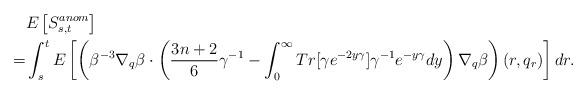
LaTeX: \begin{align*}&E\left[S_{s,t}^{anom}\right]\\=&\int_s^tE\left[\left( \beta^{-3}\nabla_q\beta\cdot \left( \frac{3n+2}{6}\gamma^{-1}- \int_0^\infty Tr[\gamma e^{-2y \gamma}] \gamma^{-1}e^{-y \gamma} dy\right)\nabla_q\beta\right)(r,q_r) \right]dr.\end{align*}